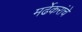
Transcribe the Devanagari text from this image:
मर्ढेकरांचे